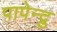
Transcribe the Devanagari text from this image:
पापेन्द्रु